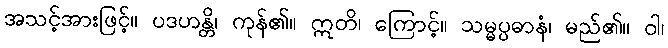
အသင့်အားဖြင့်။ ပဒဟန္တိ၊ ကုန်၏။ ဣတိ၊ ကြောင့်။ သမ္မပ္ပဓာနံ၊ မည်၏။ ဝါ၊